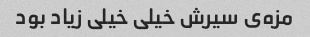
مزه‌ی سیرش خیلی خیلی زیاد بود